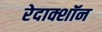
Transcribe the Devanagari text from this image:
रेदाक्शॉन